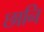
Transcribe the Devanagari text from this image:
छानि